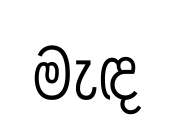
මැඳ